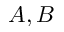
A , B